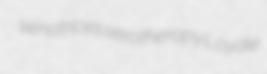
senatrices serotherapy Loydie